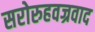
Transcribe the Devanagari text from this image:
सरोरुहवज्रवाद